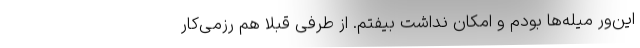
این‌ور میله‌ها بودم و امکان نداشت بیفتم. از طرفی قبلاً هم رزمی‌کار